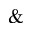
\&